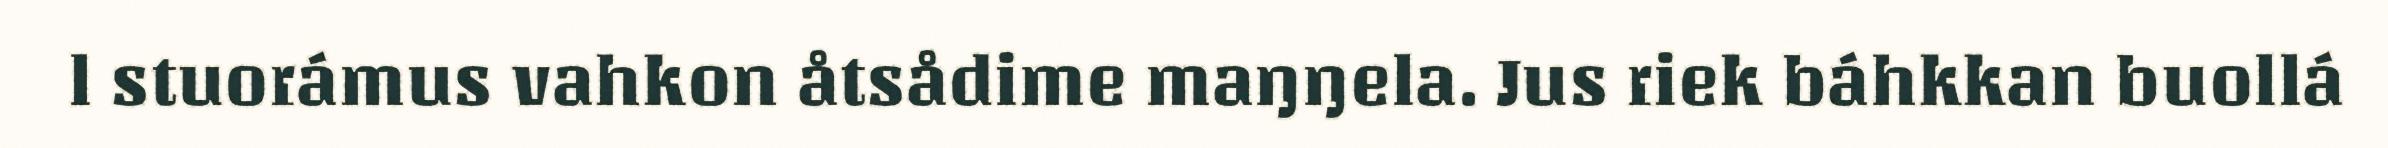
l stuorámus vahkon åtsådime maŋŋela. Jus riek báhkkan buollá